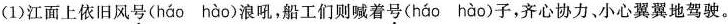
(1)江面上依旧风号( háo hào )浪吼，船工们则喊着号( háo hào )子，齐心协力、小心翼翼地驾驶。